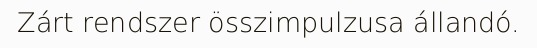
Zárt rendszer összimpulzusa állandó.